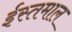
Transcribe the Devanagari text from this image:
ईस्तमाल